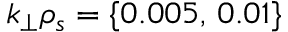
k _ { \perp } \rho _ { s } = \{ 0 . 0 0 5 , \, 0 . 0 1 \}